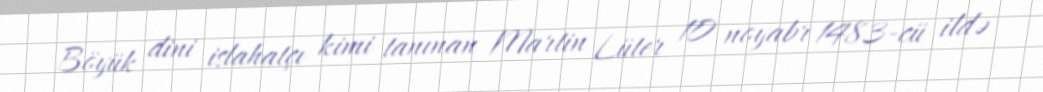
Böyük dini islahatçı kimi tanınan Martin Lüter 10 noyabr 1483-cü ildə